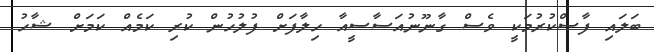
ބަލައި ފާސްކުރުމަކީ ވެސް ގާނޫނުއަސާސީއާ ހިލާފަށް ފުލުހުން ކުރި ކަމެއް ކަމަށް ޝާހު